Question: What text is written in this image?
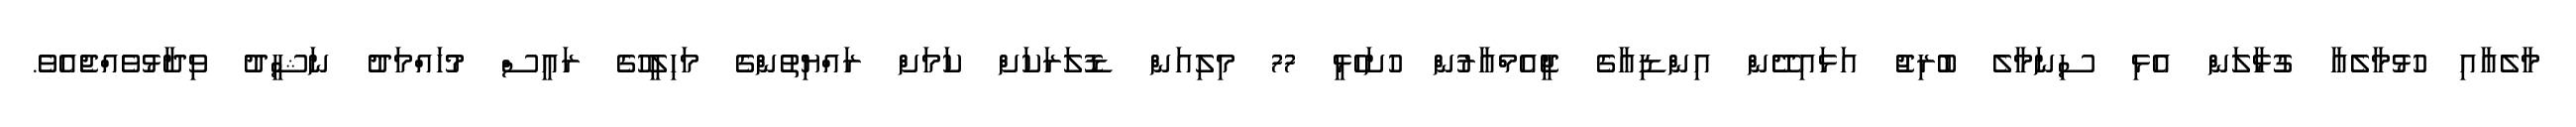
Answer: މާލެއާއި ހުޅުމާލެއާ ގުޅާލަން އެޅި ސިނަމާލެ ބުރިޖު އަޅައިދޭން އިންޑިއާގެ ޖީއެމްއާރުން ހުށަހެޅީ 77 މިލިއަން ޑޮލަރަކަށް ކަމަށް ރައްޔިތުންގެ މަހިލީހުގެ ރައީސް މުހައްމަދު ނަޝީދު ވިދާޅުވެއްޖެއެވެ.